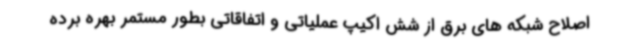
اصلاح شبکه های برق از شش اکیپ عملیاتی و اتفاقاتی بطور مستمر بهره برده